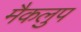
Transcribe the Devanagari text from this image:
मैकलुप